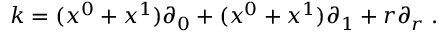
k = ( x ^ { 0 } + x ^ { 1 } ) \partial _ { 0 } + ( x ^ { 0 } + x ^ { 1 } ) \partial _ { 1 } + r \partial _ { r } \; .